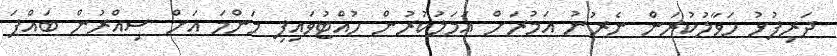
ދަރިފުޅު ހަވާލުކުރަން ނެރުނު އަމުރަށް އަމަލުކުރުން ހުއްޓުވައިފި މަންމަ އަށް ސިއްރުން ބައްޕަ